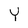
Character: Y